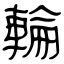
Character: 輪